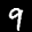
Label: 9